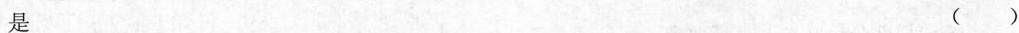
是 ()